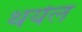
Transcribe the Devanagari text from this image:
थयेल